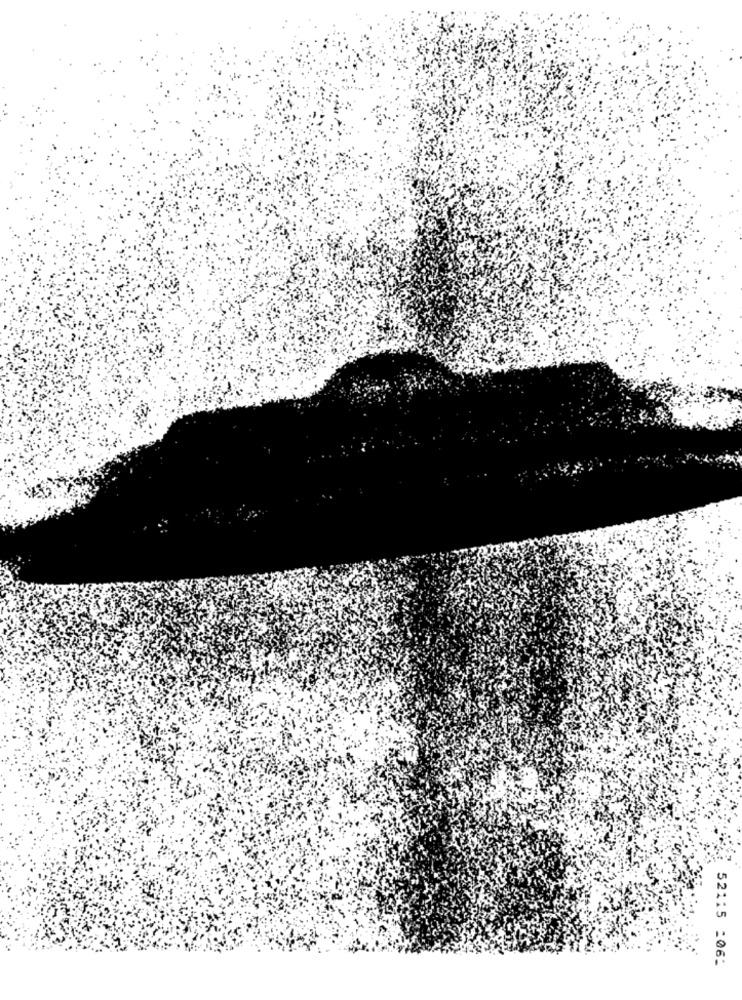
52115 :06: